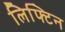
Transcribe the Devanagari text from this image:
लिफ्टिन